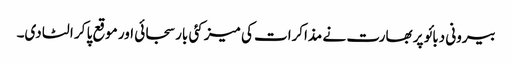
بیرونی دبائو پر بھارت نے مذاکرات کی میز کئی بار سجائی اور موقع پا کر الٹا دی۔